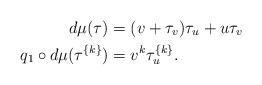
LaTeX: \begin{align*} d\mu (\tau) &= (v +\tau_v )\tau_u + u\tau_v \\ q_1\circ d\mu (\tau^{\{k\}}) &= v^k \tau_u^{\{k\}}.\end{align*}